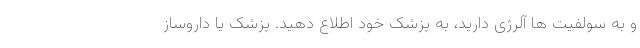
و به سولفیت ها آلرژی دارید، به پزشک خود اطلاع دهید. پزشک یا داروساز